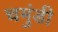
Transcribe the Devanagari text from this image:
चमुंडी